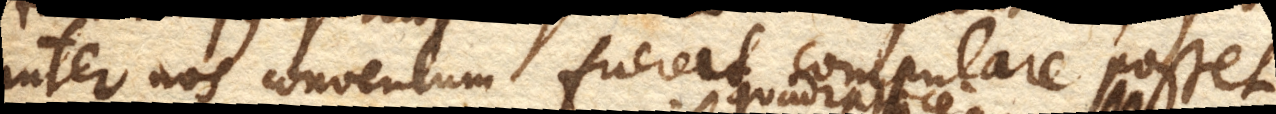
inter nos conventum fuerat compulare posset